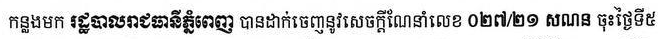
កន្លងមក រដ្ឋបាលរាជធានីភ្នំពេញ បានដាក់ចេញនូវសេចក្ដីណែនាំលេខ ០២៨/២១ សណន ចុះថ្ងៃទី៥